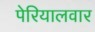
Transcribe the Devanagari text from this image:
पेरियालवार